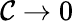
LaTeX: \mathcal{C}\to 0